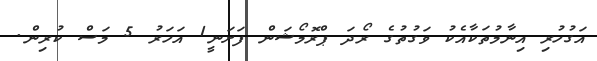
އަގުހުރި އިނާމުތަކާއެކު ވަގުތުގެ ރޯދަ ޕްރޮމޯޝަން ފަށަނީ1 އަހަރު 5 މަސް ކުރިން.